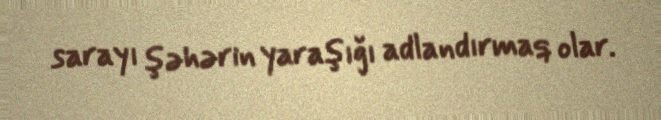
sarayı şəhərin yaraşığı adlandırmaq olar.